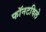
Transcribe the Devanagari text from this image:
फॉनटविले